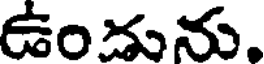
ఉండును.